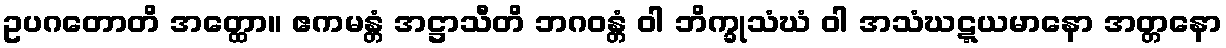
ဥပဂတောတိ အတ္ထော။ ဧကမန္တံ အဋ္ဌာသီတိ ဘဂဝန္တံ ဝါ ဘိက္ခုသံဃံ ဝါ အသံဃဋ္ဋယမာနော အတ္တနော